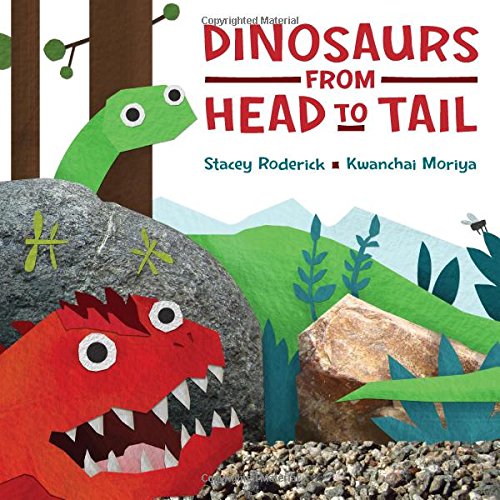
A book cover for Dinosaurs from Head to Tail; Stacey Roderick; Science & Math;